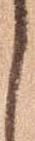
し